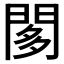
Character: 𨴢